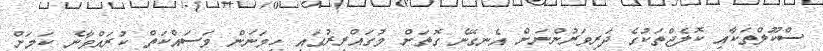
ސްކޫލްތަކާއި ކޮލެޖްތަކުގެ ދަރިވަރުންނަށް އެނގޭނެ ގޮތަށް މުގައްރިރުގައި ހިމަނަން މަސައްކަތް ކުރައްވާނެ ކަމަށް